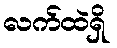
လက်ထဲရှိ